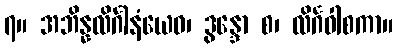
၇။ အဘိန္နလိင်္ဂါနံယေဝ၊ ဒွန္ဒော စ၊ လိင်္ဂဝါစကာ။